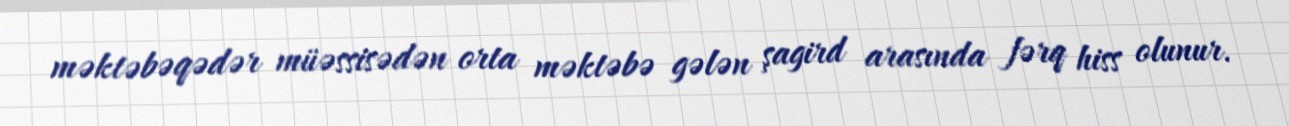
məktəbəqədər müəssisədən orta məktəbə gələn şagird arasında fərq hiss olunur.